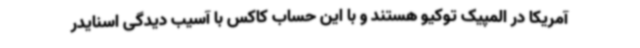
آمریکا در المپیک توکیو هستند و با این حساب کاکس با آسیب دیدگی اسنایدر